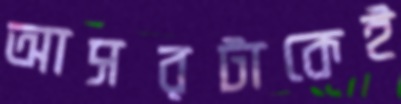
আসরটাকেই